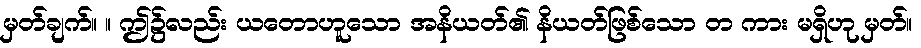
မှတ်ချက်။ ။ ဤ၌လည်း ယတောဟူသော အနိယတ်၏ နိယတ်ဖြစ်သော တ ကား မရှိဟု မှတ်။